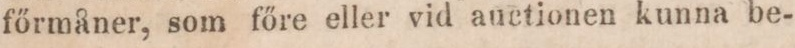
főrmåner, som főre eller vid auctionen kunna be-